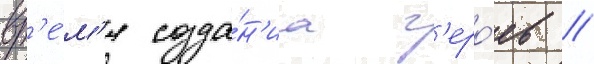
вр'е́м'я созда́н'иа г'еро́ев //